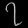
Digit: ၇